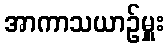
အာကာသယာဉ်မှူး